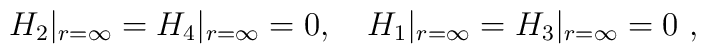
H_2|_{r=\infty}=H_4|_{r=\infty}=0, \ \ \ H_1|_{r=\infty}=H_3|_{r=\infty}=0\ ,